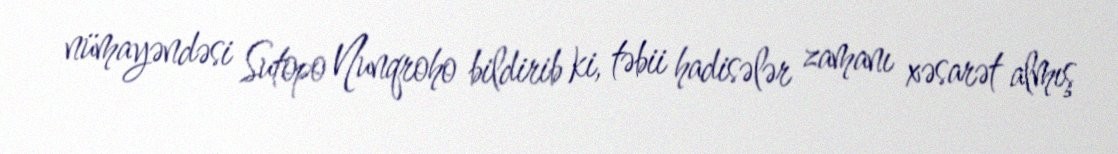
nümayəndəsi Sutopo Nunqroho bildirib ki, təbii hadisələr zamanı xəsarət almış